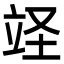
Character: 䇈